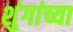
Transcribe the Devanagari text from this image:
शुंगांच्या